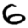
Digit: 6